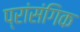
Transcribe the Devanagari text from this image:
प्रांसंगिक